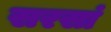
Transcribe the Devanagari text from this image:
सरसां